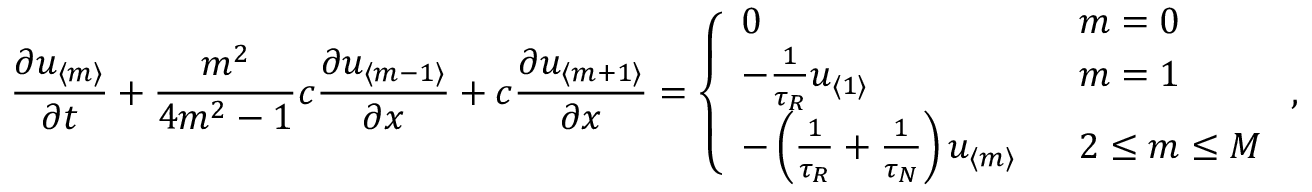
\frac { \partial u _ { \langle m \rangle } } { \partial t } + \frac { m ^ { 2 } } { 4 m ^ { 2 } - 1 } c \frac { \partial u _ { \langle m - 1 \rangle } } { \partial x } + c \frac { \partial u _ { \langle m + 1 \rangle } } { \partial x } = \left\{ \begin{array} { l l } { \displaystyle 0 \ } & { \ m = 0 } \\ { - \frac { 1 } { \tau _ { R } } u _ { \langle 1 \rangle } \ } & { \ m = 1 } \\ { - \left( \frac { 1 } { \tau _ { R } } + \frac { 1 } { \tau _ { N } } \right) u _ { \langle m \rangle } \ } & { \ 2 \leq m \leq M } \end{array} \right. ,